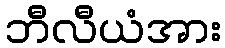
ဘီလီယံအား